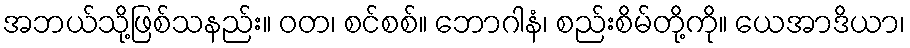
အဘယ်သို့ဖြစ်သနည်း။ ဝတ၊ စင်စစ်။ ဘောဂါနံ၊ စည်းစိမ်တို့ကို။ ယေအာဒိယာ၊